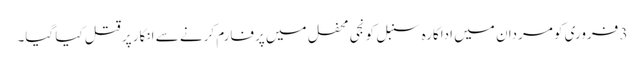
3 فروری کو مردان میں اداکارہ سنبل کو نجی محفل میں پرفارم کرنے سے انکار پر قتل کیا گیا۔